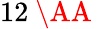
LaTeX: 12\mathrm{~\AA~}